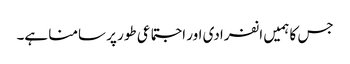
جس کا ہمیں انفرادی اور اجتماعی طور پر سامنا ہے۔